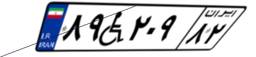
۸۹W۲۰۹۸۲